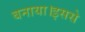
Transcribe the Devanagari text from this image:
बनाया।इससे